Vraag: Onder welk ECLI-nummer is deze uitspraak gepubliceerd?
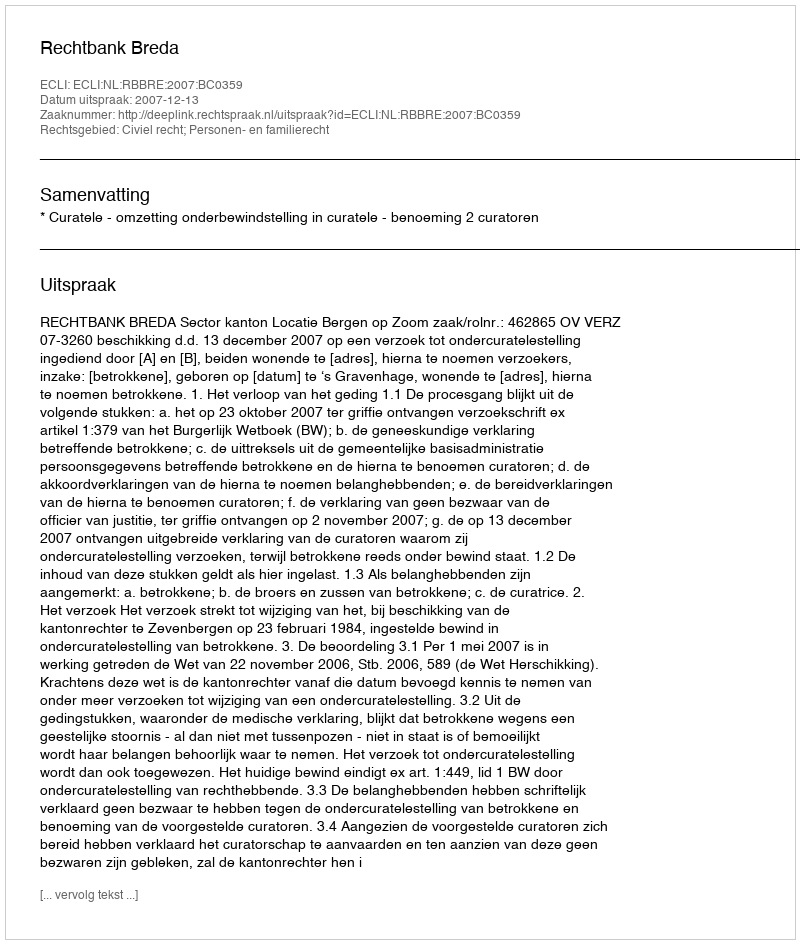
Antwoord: ECLI:NL:RBBRE:2007:BC0359